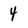
Character: 4